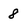
Character: 8